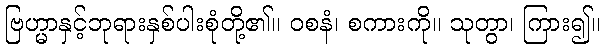
ဗြဟ္မာနှင့်ဘုရားနှစ်ပါးစုံတို့၏။ ဝစနံ၊ စကားကို။ သုတွာ၊ ကြား၍။